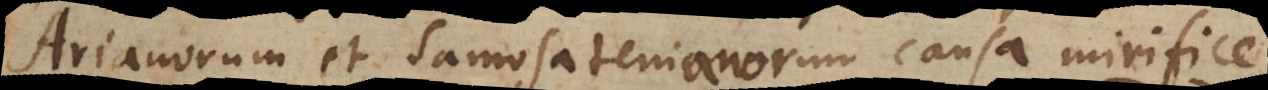
Arianorum et Samosatenianorum causa mirifice